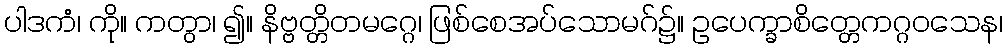
ပါဒကံ၊ ကို။ ကတွာ၊ ၍။ နိဗ္ဗတ္တိတမဂ္ဂေ၊ ဖြစ်စေအပ်သောမဂ်၌။ ဥပေက္ခာစိတ္တေကဂ္ဂဝသေန၊